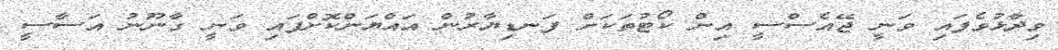
ވިދާޅުވެފައި ވަނީ ޖޭއެސްސީ އިން ކޯޓުތަކަށް ފަނޑިޔާރުން އައްޔަންކޮށްފައި ވަނީ ގާނޫނު އަސާސީ